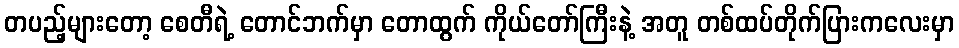
တပည့်များတော့ စေတီရဲ့ တောင်ဘက်မှာ တောထွက် ကိုယ်တော်ကြီးနဲ့ အတူ တစ်ထပ်တိုက်ပြားကလေးမှာ